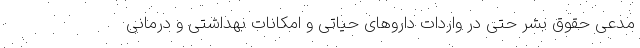
مدعی حقوق بشر حتی در واردات داروهای حیاتی و امکانات بهداشتی و درمانی